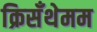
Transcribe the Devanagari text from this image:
क्रिसँथेमम